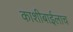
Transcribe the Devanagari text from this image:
काशीबाईलाच